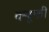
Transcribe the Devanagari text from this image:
क्यूफी